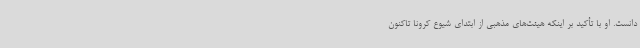
دانست. او با تأکید بر اینکه هیئت‌های مذهبی از ابتدای شیوع کرونا تاکنون